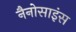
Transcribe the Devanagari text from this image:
नैनोसाइंस